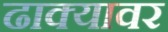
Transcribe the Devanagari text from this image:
ढाक्यावर